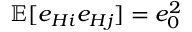
\mathbb { E } [ e _ { H i } e _ { H j } ] = e _ { 0 } ^ { 2 }